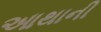
આથાની